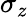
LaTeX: \sigma_{z}